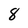
Character: 8